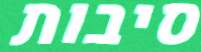
סיבות